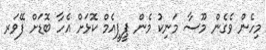
މިހެން ވެގެން މޫސާ މަނިކު މެން ޕީޕީއެމް ކޮޅަށް އެހާ ބޮޑަށް ފޭވަރ